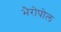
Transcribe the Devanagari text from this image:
भैरोपोल